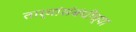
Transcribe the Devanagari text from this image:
तार्‍यांसंबंधीच्या